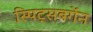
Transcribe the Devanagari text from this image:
स्पिट्सबर्गेन